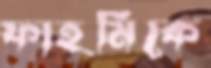
ফাহমিকে